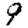
Digit: 9